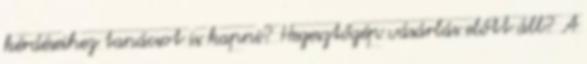
kérdéseihez tanácsot is kapni? Hegesztőgép vásárlás előtt áll? A